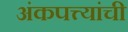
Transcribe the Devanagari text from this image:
अंकपत्त्यांची